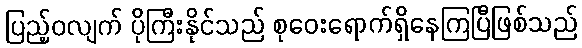
ပြည့်ဝလျက် ပိုကြီးနိုင်သည် စုဝေးရောက်ရှိနေကြပြီဖြစ်သည်